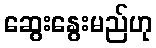
ဆွေးနွေးမည်ဟု